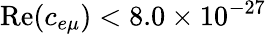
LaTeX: \mathrm{Re}(c_{e\mu})<8.0\times 10^{-27}